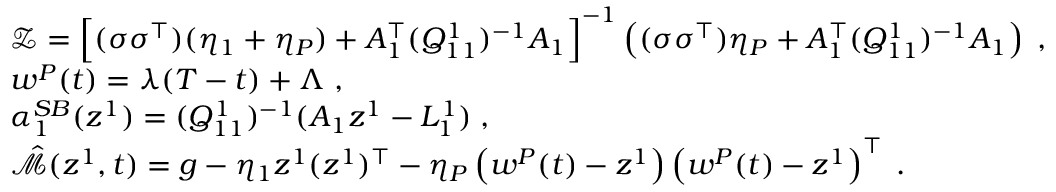
\begin{array} { r l } & { \mathcal { Z } = \Big [ ( \sigma \sigma ^ { \top } ) ( \eta _ { 1 } + \eta _ { P } ) + A _ { 1 } ^ { \top } ( Q _ { 1 1 } ^ { 1 } ) ^ { - 1 } A _ { 1 } \Big ] ^ { - 1 } \left( ( \sigma \sigma ^ { \top } ) \eta _ { P } + A _ { 1 } ^ { \top } ( Q _ { 1 1 } ^ { 1 } ) ^ { - 1 } A _ { 1 } \right) \; , } \\ & { w ^ { P } ( t ) = \lambda ( T - t ) + \Lambda \; , } \\ & { { \alpha } _ { 1 } ^ { S B } ( z ^ { 1 } ) = ( Q _ { 1 1 } ^ { 1 } ) ^ { - 1 } ( A _ { 1 } z ^ { 1 } - L _ { 1 } ^ { 1 } ) \; , } \\ & { \hat { \mathcal { M } } ( z ^ { 1 } , t ) = g - \eta _ { 1 } z ^ { 1 } ( z ^ { 1 } ) ^ { \top } - \eta _ { P } \left( w ^ { P } ( t ) - z ^ { 1 } \right) \left( w ^ { P } ( t ) - z ^ { 1 } \right) ^ { \top } \; . } \end{array}